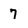
Character: 7